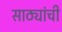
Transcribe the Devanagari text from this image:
साठ्यांची